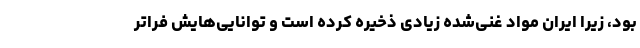
بود، زیرا ایران مواد غنی‌شده زیادی ذخیره کرده است و توانایی‌هایش فراتر